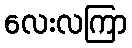
လေးလကြာ